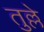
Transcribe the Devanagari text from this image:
तुल्ले